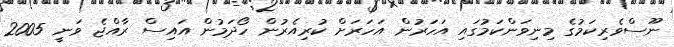
ނޫސްވެރިކަމުގެ މިނިވަންކަމުގައި އަހަރުން އަހަރަށް ކުރިއެރުން ހޯދަމުން އައިސް ރާއްޖެ ވަނީ 2005